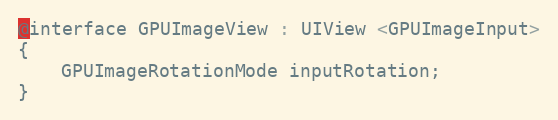
Language: C
@interface GPUImageView : UIView <GPUImageInput>
{
    GPUImageRotationMode inputRotation;
}